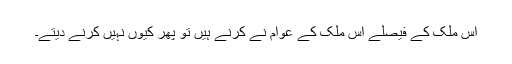
اِس مُلک کے فیصلے اس مُلک کے عوام نے کرنے ہیں تو پھر کیوں نہیں کرنے دیتے۔